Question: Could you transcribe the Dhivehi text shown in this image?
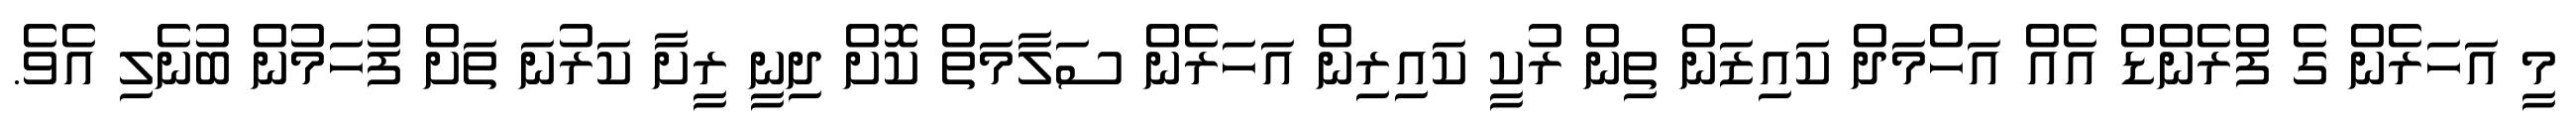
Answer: މީ އަހަރެން ގެ ފްރެންޑް އެއް އަހްމަދް ކައިޒަން ތިން ރުކީ ކައިރިން އަހަރެން ސަލާމަތް ކޮށް ދިނީ ރީށާ ކަރުނަ ތަށް ފުހަމުން ބުނެލި އެވެ.